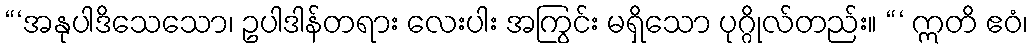
“‘အနုပါဒိသေသော၊ ဥပါဒါန်တရား လေးပါး အကြွင်း မရှိသော ပုဂ္ဂိုလ်တည်း။ “‘ ဣတိ ဧဝံ၊